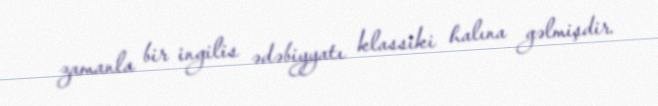
zamanla bir ingilis ədəbiyyatı klassiki halına gəlmişdir.